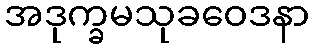
အဒုက္ခမသုခဝေဒနာ